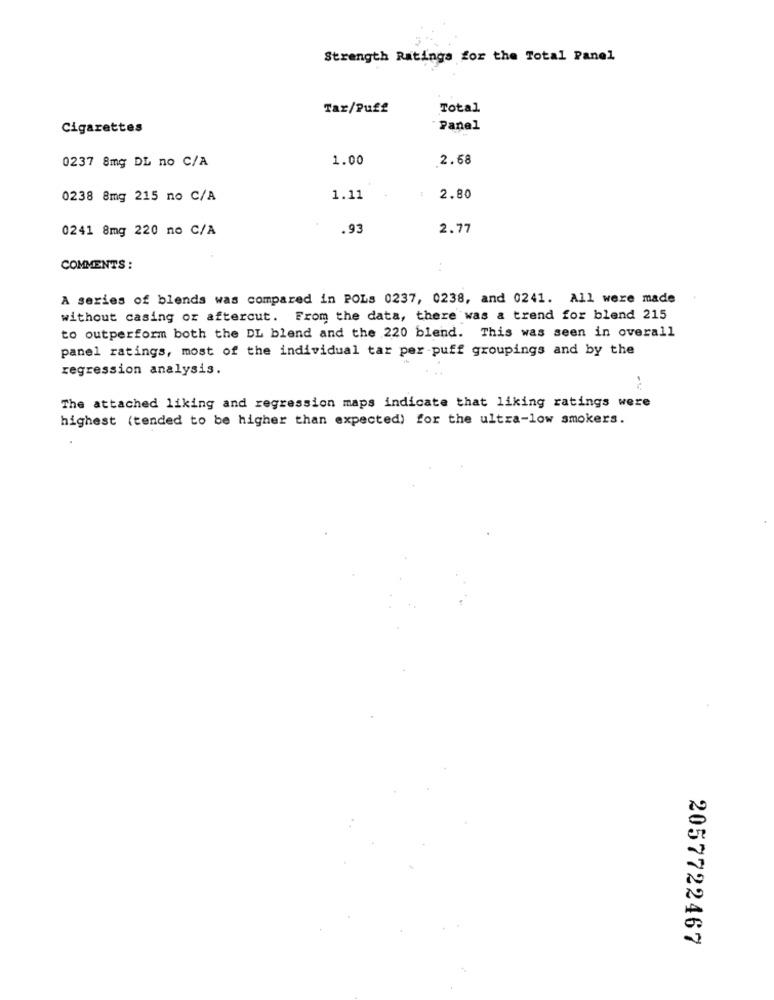
Strength Ratings for the Total Panel
Tar/Puff
Total
Cigarettes
Panel
1.00
2.68
0237 8mg DL no C/A
0238 8mg 215 no C/A
1.11
2.80
0241 8mg 220 no C/A
.93
2.77
COMMENTS :
A series of blends was compared in POLs 0237, 0238, and 0241. All were made
without casing or aftercut. From the data, there was a trend for blend 215
to outperform both the DL blend and the 220 blend. This was seen in overall
panel ratings, most of the individual tar per-puff groupings and by the
regression analysis.
The attached liking and regression maps indicate that liking ratings were
highest (tended to be higher than expected) for the ultra-low smokers.
2057722467